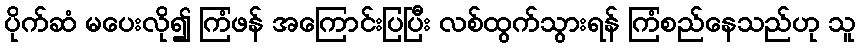
ပိုက်ဆံ မပေးလို၍ ကြံဖန် အကြောင်းပြပြီး လစ်ထွက်သွားရန် ကြံစည်နေသည်ဟု သူ